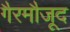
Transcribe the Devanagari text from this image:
गैरमौजूद